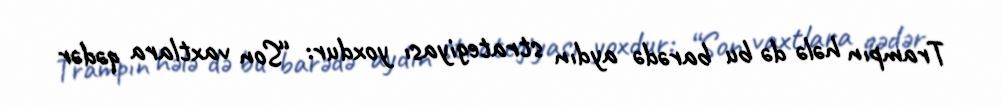
Trampın hələ də bu barədə aydın strategiyası yoxdur: “Son vaxtlara qədər